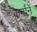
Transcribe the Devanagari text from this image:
कर्मांनें